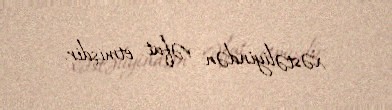
xəstəliyindən vəfat etmişdir.